Civil Veterinary Department. Central Provinces & Berar 1932-41 - 1932-1941
Year: 1932
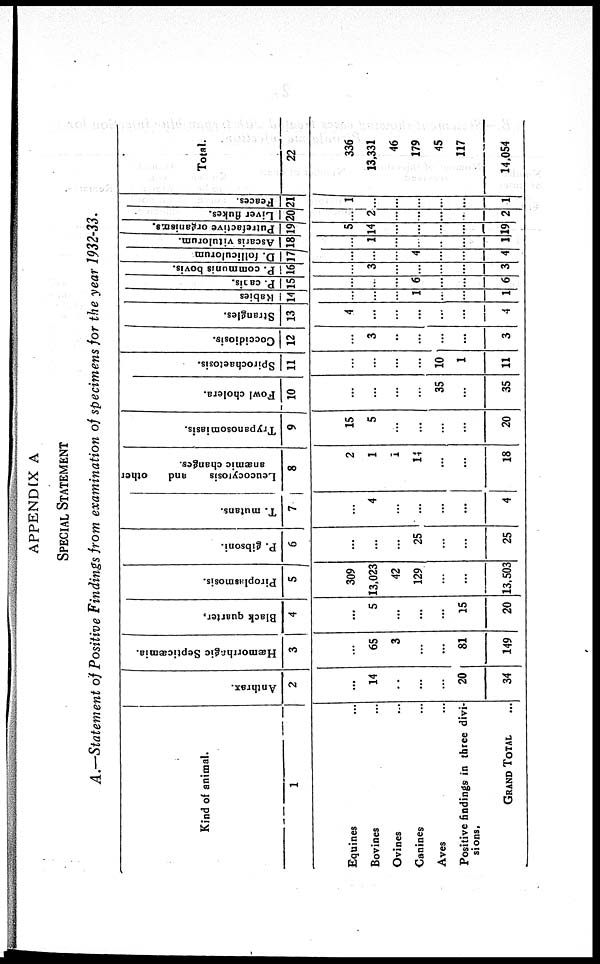
APPENDIX A
SPECIAL STATEMENT
A.—Statement of Positive Findings from examination of specimens for the year 1932-33.
Kind of animal.
1
Equines ...
Bovines ...
Ovines ...
Canines ...
Aves ...
Positive findings in three divi-
sions.
GRAND TOTAL ...
Anthrax.
2
...
14
..
...
...
20
34
Hæmorrhagic Septicæmia.
3
...
65
3
...
...
81
149
Black quarter,
4
...
5
...
...
...
15
20
Piroplasmosis.
5
309
13,023
42
129
...
...
13,503
P. gibsoni.
6
...
...
...
25
...
...
25
T. mutans.
7
...
4
...
...
...
...
4
Leucocytosis
and
other
anæmic changes.
8
2
1
1
14
...
...
18
Trypanosomiasis.
9
15
5
...
...
...
...
20
Fowl cholera.
10
...
...
...
...
35
...
35
Spirochaetosis.
11
...
...
...
...
10
1
11
Coccidiosis.
12
...
3
...
...
...
...
3
Strangles.
13
4
...
...
...
...
...
4
Rabies
14
...
...
...
1
...
...
1
P. canis.
15
...
...
...
6
...
...
6
P. communis bovis.
16
...
3
...
...
...
...
3
D. folliculorum
17
...
...
...
4
...
...
4
Ascaris vitulorum.
18
...
1
...
...
...
...
1
Putrefactive organisms.
19
5
14
...
...
...
...
19
Liver flukes.
20
...
2
...
...
...
...
2
Feaces.
21
1
...
...
...
...
...
1
Total.
22
336
13,331
46
179
45
117
14,054